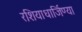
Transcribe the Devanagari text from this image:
रशियाधार्जिण्या